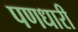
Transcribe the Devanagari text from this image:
पणधारी